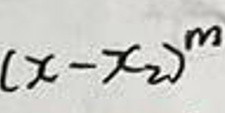
$( x - x _ { 2 } ) ^ { m }$